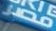
مصر